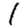
Digit: 1